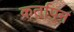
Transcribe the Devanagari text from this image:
कर्तापन